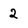
Character: 2